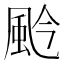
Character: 𩖦